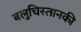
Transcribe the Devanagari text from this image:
बलुचिस्तानकी